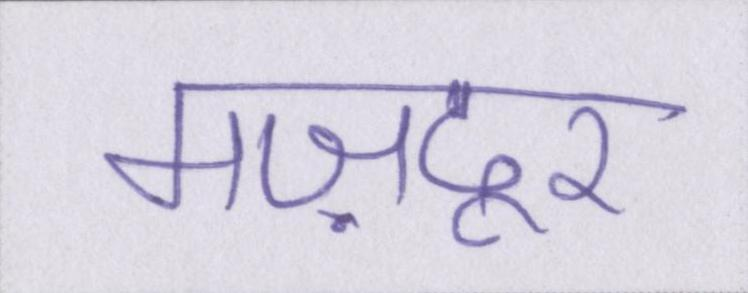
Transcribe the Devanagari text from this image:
मज़दूर